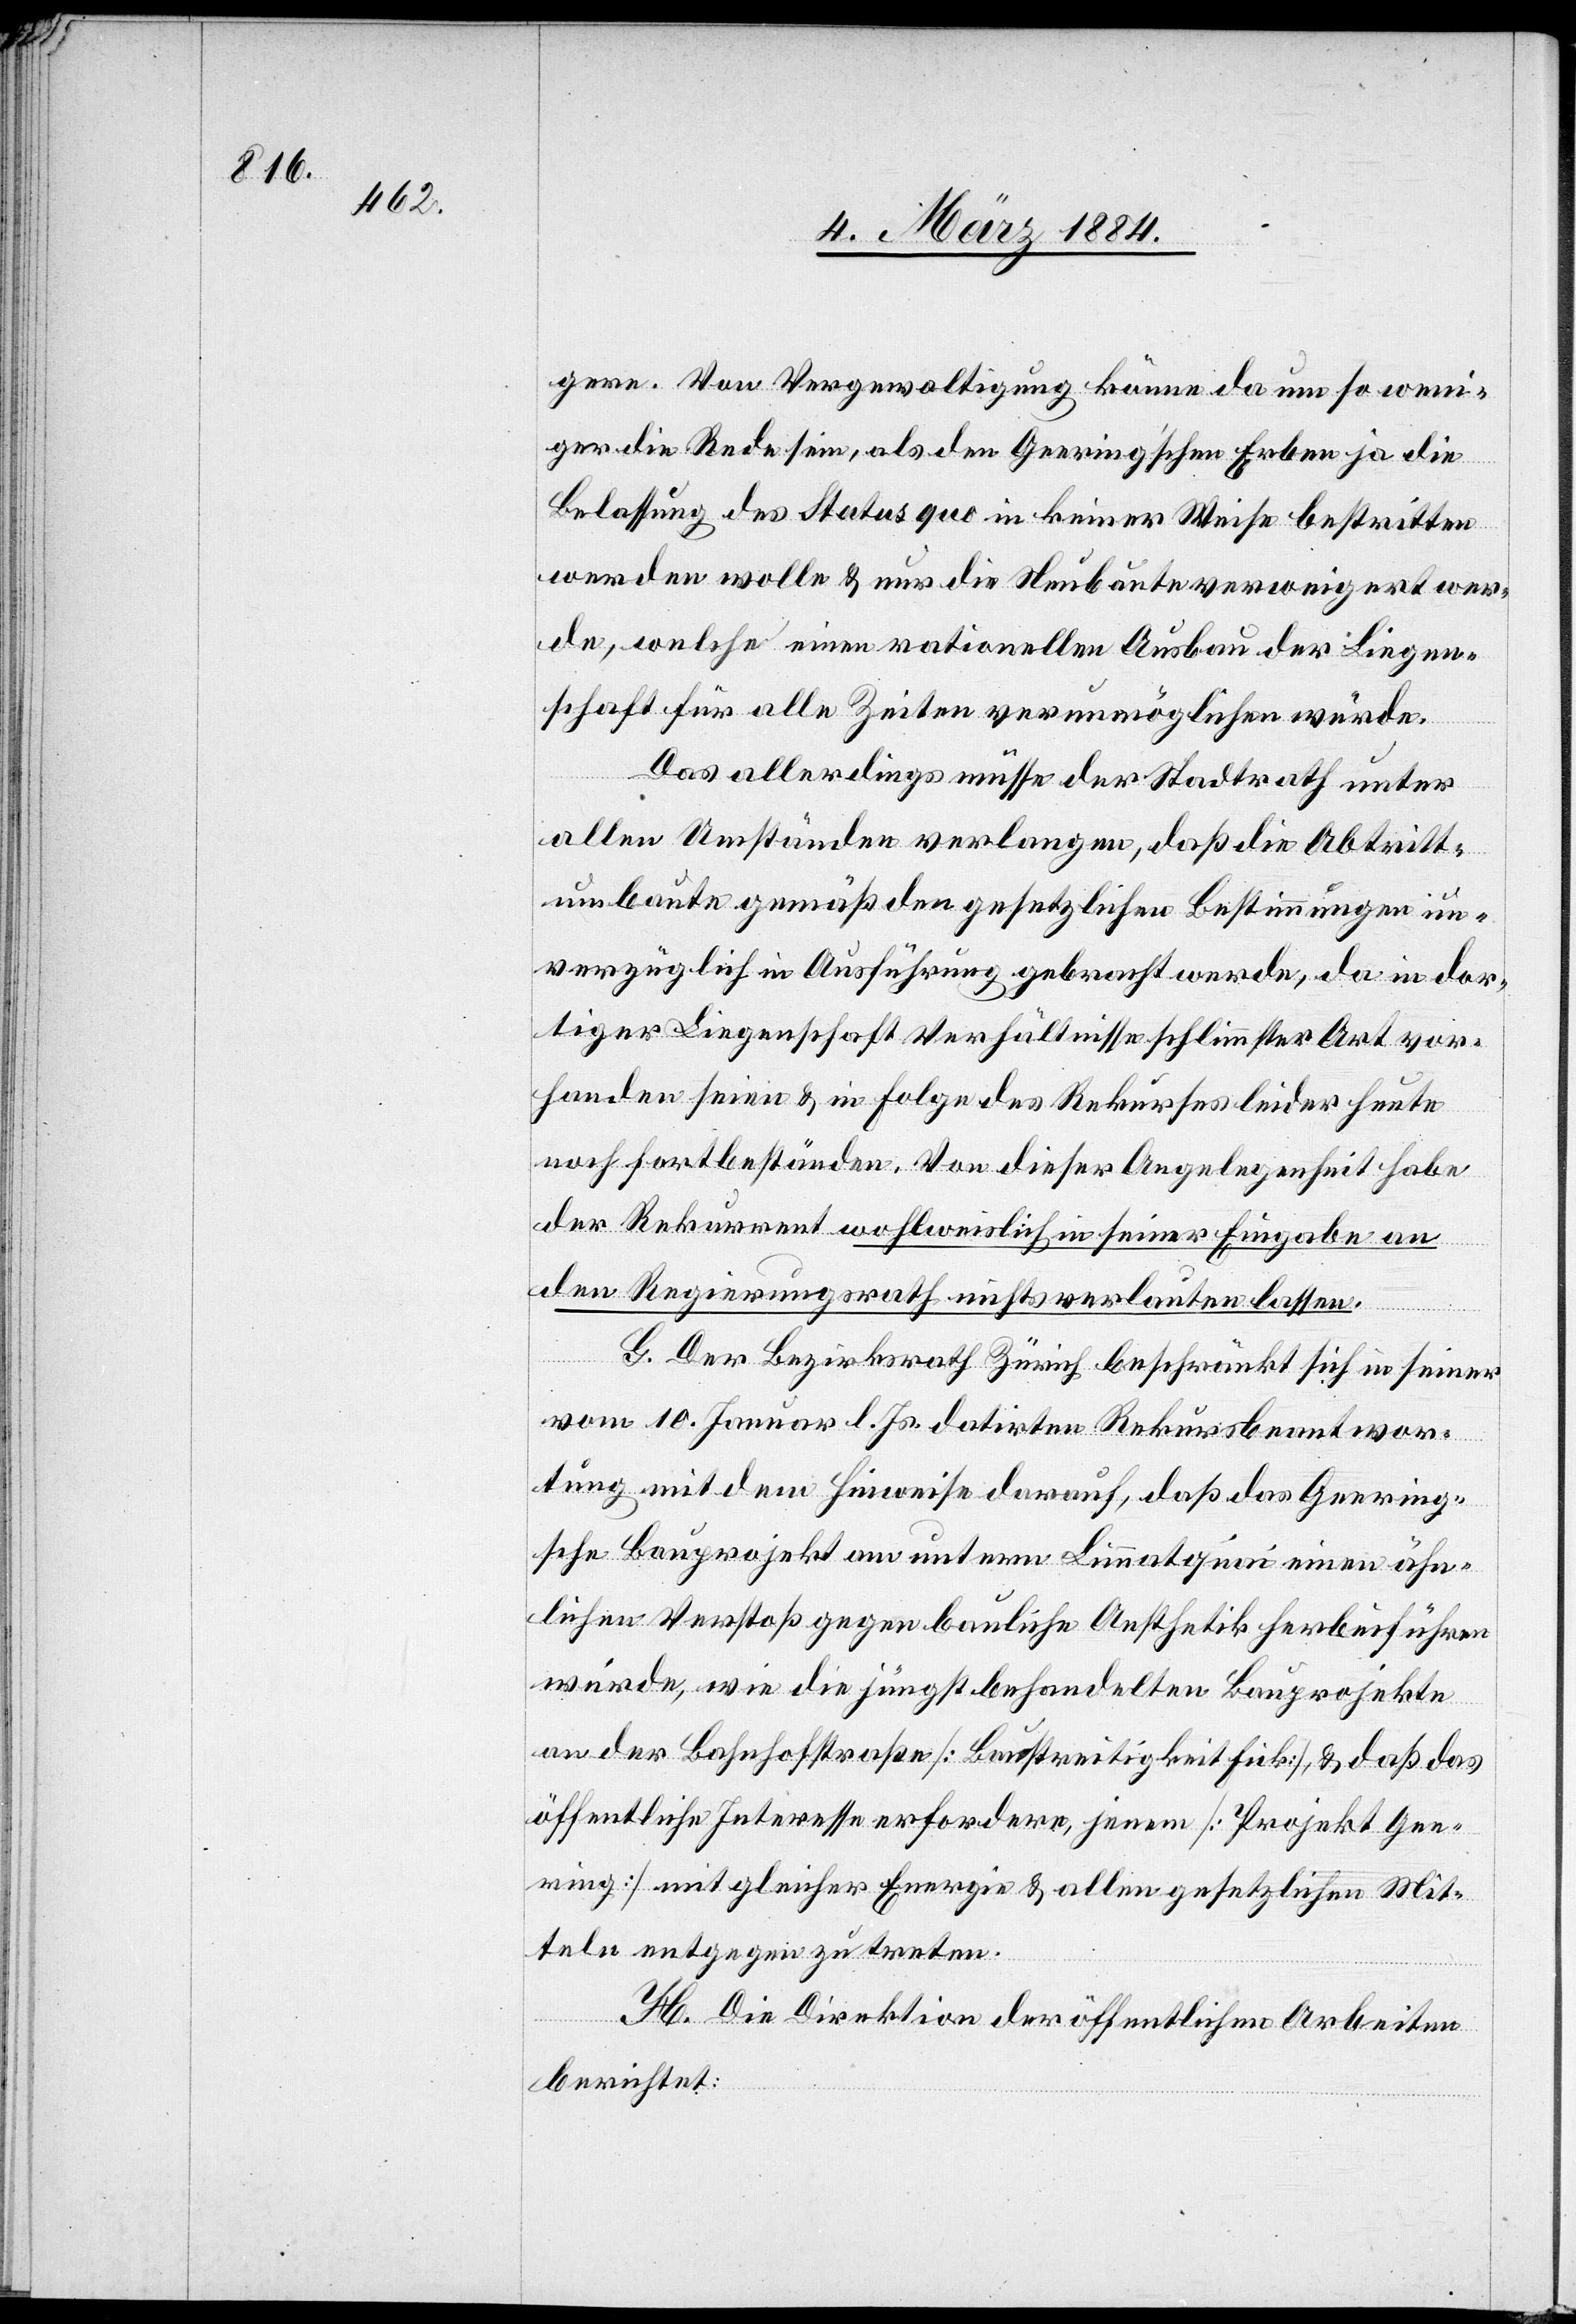
gere. Von Vergewaltigung könne da um so weni¬
ger die Rede sein, als den Geering’schen Erben ja die
Belassung des Status quo in keiner Weise bestritten
werden wolle & nur die Neubaute verweigert wer¬
de, welche einen rationellen Ausbau der Liegen¬
schaft für alle Zeiten verunmöglichen würde.
Das allerdings müsse der Stadtrath unter
allen Umständen verlangen, daß die Abtritt¬
umbaute gemäß den gesetzlichen Bestimmungen un¬
verzüglich in Ausführung gebracht werde, da in dor¬
tiger Liegenschaft Verhältnisse schlimmster Art vor¬
handen seien & in Folge des Rekurses leider heute
noch fortbeständen. Von dieser Angelegenheit habe
der Rekurrent wohlweislich in seiner Eingabe an
den Regierungsrath nichts verlauten lassen.
G. Der Bezirksrath Zürich beschränkt sich in seiner
vom 10. Januar l. Js. datirten Rekursbeantwor¬
tung mit dem Hinweise darauf, daß das Geering¬
sche Bauprojekt am untern Limmatquai einen ähn¬
lichen Verstoß gegen bauliche Aesthetik herbeiführen
würde, wie die jüngsten behandelten Bauprojekte
an der Bahnhofstraße [Baustreitigkeit Fick], & daß das
öffentliche Interesse erfordere, jenem [Projekt Gee¬
ring] mit gleicher Energie & allen gesetzlichen Mit¬
teln entgegen zu treten.
H. Die Direktion der öffentlichen Arbeiten
berichtet: